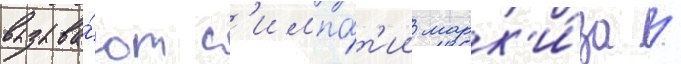
вызыва́ют с'импа́т'ии марк'и́за /